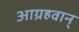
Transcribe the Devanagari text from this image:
आग्रहवान्‌